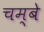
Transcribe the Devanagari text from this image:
चम्बे